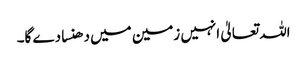
اللہ تعالیٰ انہیں زمین میں دھنسا دے گا۔